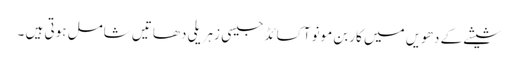
شیشے کے دھویں میں کاربن مونو آکسائڈ جیسی زہریلی دھاتیں شامل ہوتی ہیں ۔